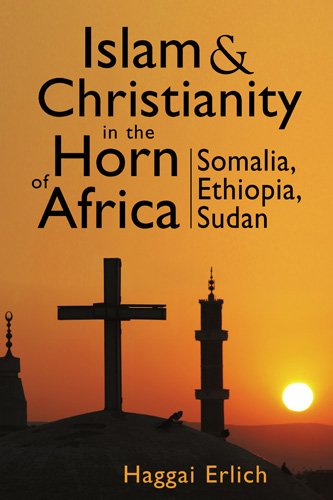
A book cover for Islam and Christianity in the Horn of Africa: Somalia, Ethiopia, Sudan; Haggai Erlich; History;